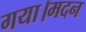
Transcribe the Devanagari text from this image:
गया।मदन